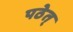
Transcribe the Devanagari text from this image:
पठेत्‌